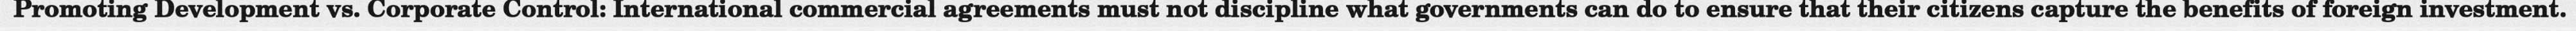
Promoting Development vs. Corporate Control: International commercial agreements must not discipline what governments can do to ensure that their citizens capture the benefits of foreign investment.